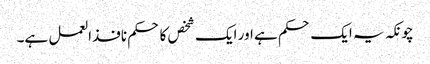
چونکہ یہ ایک حکم ہے اور ایک شخص کا حکم نافذالعمل ہے۔